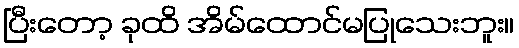
ပြီးတော့ ခုထိ အိမ်ထောင်မပြုသေးဘူး။